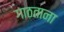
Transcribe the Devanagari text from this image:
गाठताना